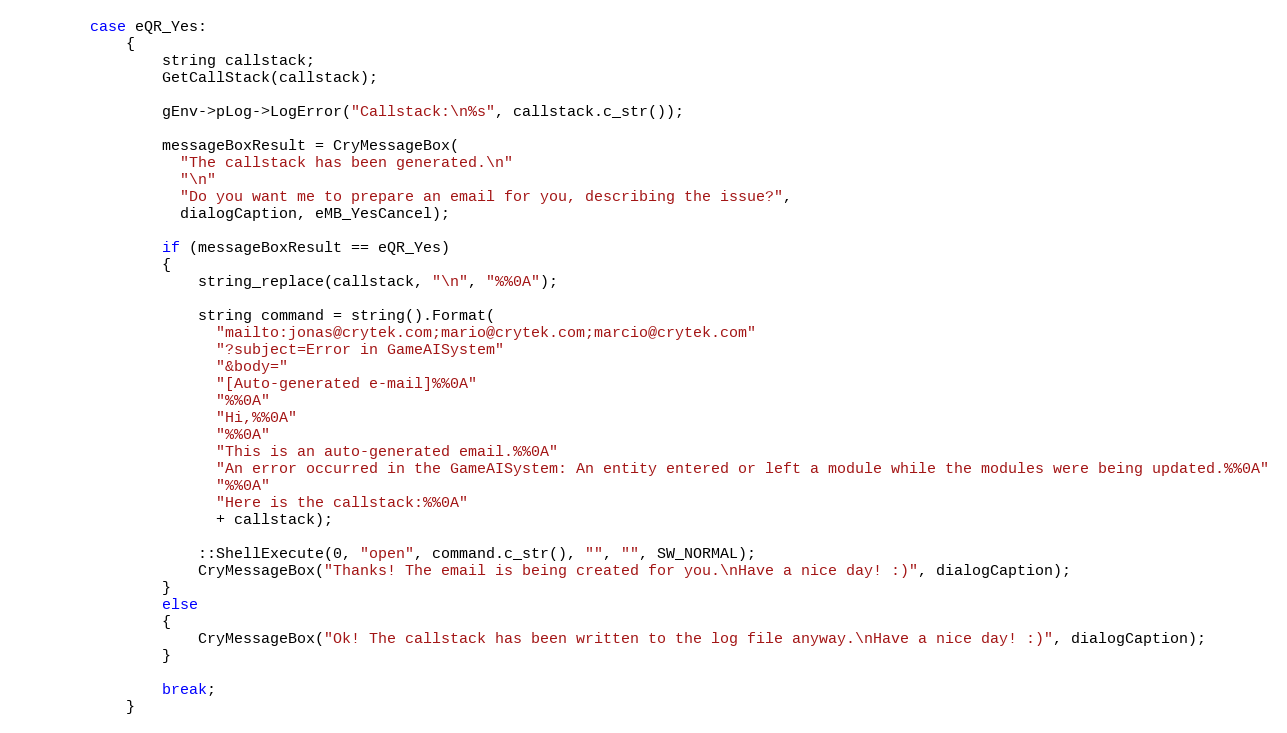
Language: C++
		case eQR_Yes:
			{
				string callstack;
				GetCallStack(callstack);

				gEnv->pLog->LogError("Callstack:\n%s", callstack.c_str());

				messageBoxResult = CryMessageBox(
				  "The callstack has been generated.\n"
				  "\n"
				  "Do you want me to prepare an email for you, describing the issue?",
				  dialogCaption, eMB_YesCancel);

				if (messageBoxResult == eQR_Yes)
				{
					string_replace(callstack, "\n", "%%0A");

					string command = string().Format(
					  "mailto:jonas@crytek.com;mario@crytek.com;marcio@crytek.com"
					  "?subject=Error in GameAISystem"
					  "&body="
					  "[Auto-generated e-mail]%%0A"
					  "%%0A"
					  "Hi,%%0A"
					  "%%0A"
					  "This is an auto-generated email.%%0A"
					  "An error occurred in the GameAISystem: An entity entered or left a module while the modules were being updated.%%0A"
					  "%%0A"
					  "Here is the callstack:%%0A"
					  + callstack);

					::ShellExecute(0, "open", command.c_str(), "", "", SW_NORMAL);
					CryMessageBox("Thanks! The email is being created for you.\nHave a nice day! :)", dialogCaption);
				}
				else
				{
					CryMessageBox("Ok! The callstack has been written to the log file anyway.\nHave a nice day! :)", dialogCaption);
				}

				break;
			}